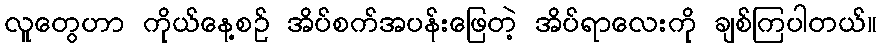
လူတွေဟာ ကိုယ်နေ့စဉ် အိပ်စက်အပန်းဖြေတဲ့ အိပ်ရာလေးကို ချစ်ကြပါတယ်။